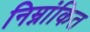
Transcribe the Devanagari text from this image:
निम्नांकित